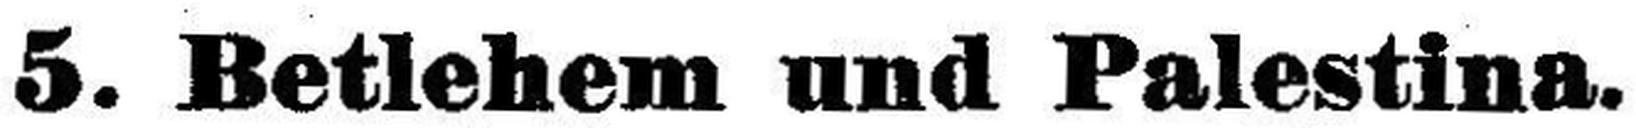
5. Betlehem und Palestina.